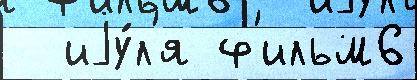
  иjу́л'я ф'ильм6